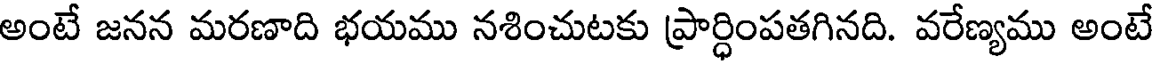
అంటే జనన మరణాది భయము నశించుటకు ప్రార్ధింపతగినది. వరేణ్యము అంటే